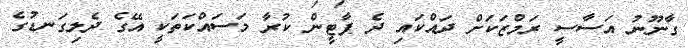
ގާނޫނު އަސާސީ ރަމްޒަކަށް ދައްކައި ދެ ޕާޓީން ކުރާ މަސައްކަތަކީ އޭގެ ދެލިގަނޑުގެ